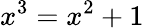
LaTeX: x^{3}=x^{2}+1